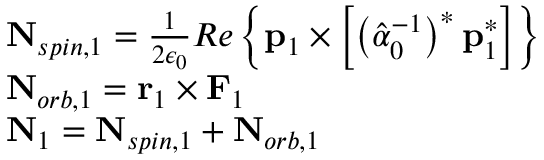
\begin{array} { r l } & { \mathbf { N } _ { s p i n , 1 } = \frac { 1 } { 2 \epsilon _ { 0 } } R e \left\{ \mathbf { p } _ { 1 } \times \left[ \left( \hat { \alpha } _ { 0 } ^ { - 1 } \right) ^ { * } \mathbf { p } _ { 1 } ^ { * } \right] \right\} } \\ & { \mathbf { N } _ { o r b , 1 } = \mathbf { r } _ { 1 } \times \mathbf { F } _ { 1 } } \\ & { \mathbf { N } _ { 1 } = \mathbf { N } _ { s p i n , 1 } + \mathbf { N } _ { o r b , 1 } } \end{array}